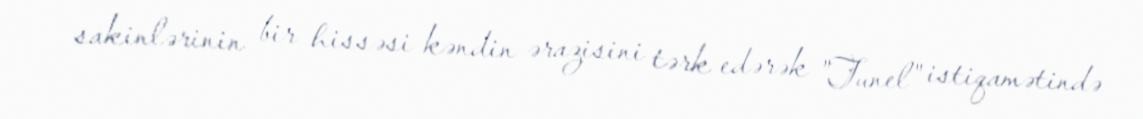
sakinlərinin bir hissəsi kəndin ərazisini tərk edərək "Tunel" istiqamətində